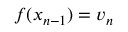
f ( x _ { n - 1 } ) = v _ { n }